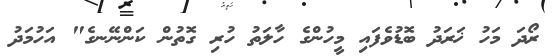
ރޯދަ މަހު ޚަރަދު ބޮޑުވެފައި މީހުންގެ ހާލަތު ހުރި ގޮތުން ކަންނޭނގެ" އަހުމަދު